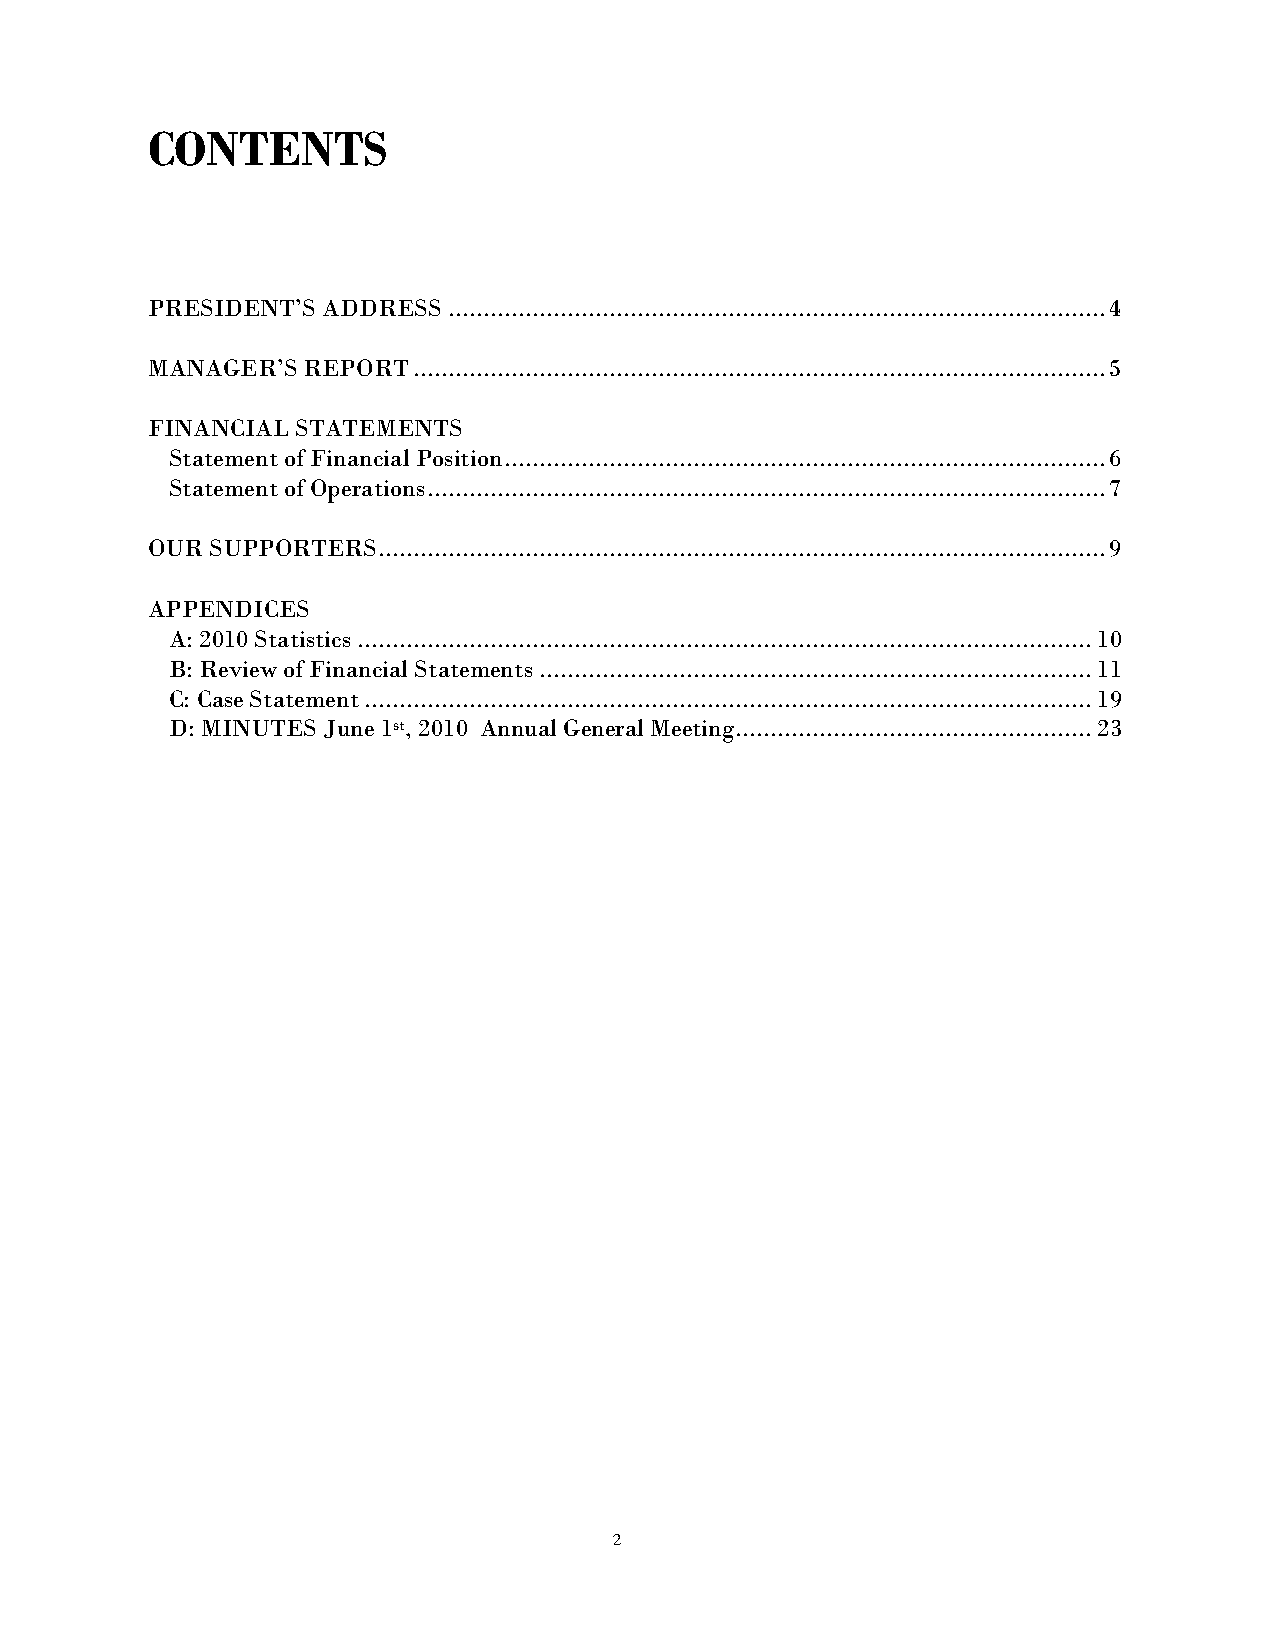
CONTENTS
 PRESIDENT’S ADDRESS .............................................................................................. 4
 MANAGER’S REPORT ................................................................................................... 5
 FINANCIAL STATEMENTS
 Statement of Financial Position ...................................................................................... 6
 Statement of Operations ................................................................................................. 7
 OUR SUPPORTERS ........................................................................................................ 9
 APPENDICES
 A: 2010 Statistics ......................................................................................................... 10
 B: Review of Financial Statements ............................................................................... 11
 C: Case Statement ........................................................................................................ 19
 D: MINUTES June 1st, 2010 Annual General Meeting................................................... 23
 2